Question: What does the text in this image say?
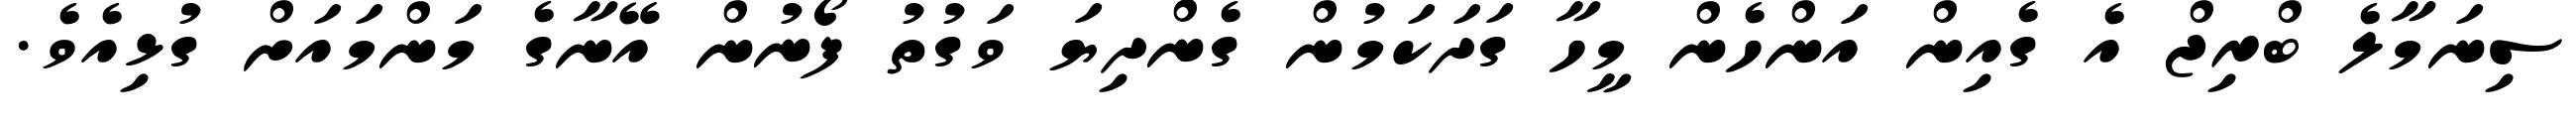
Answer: ސިނަމާލެ ބްރިޖް އެ ގެއިން އަންހެން މީހާ ގަދަކަމުން ގެންދިޔަ ވަގުތު ފޯނުން އޭނާގެ މަންމައަށް ގުޅިއެވެ.